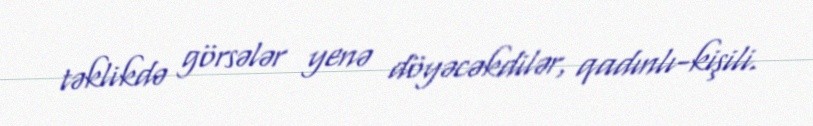
təklikdə görsələr yenə döyəcəkdilər, qadınlı-kişili.